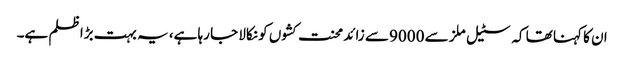
ان کا کہنا تھا کہ سٹیل ملز سے 9000 سے زائد محنت کشوں کو نکالا جا رہا ہے، یہ بہت بڑا ظلم ہے۔